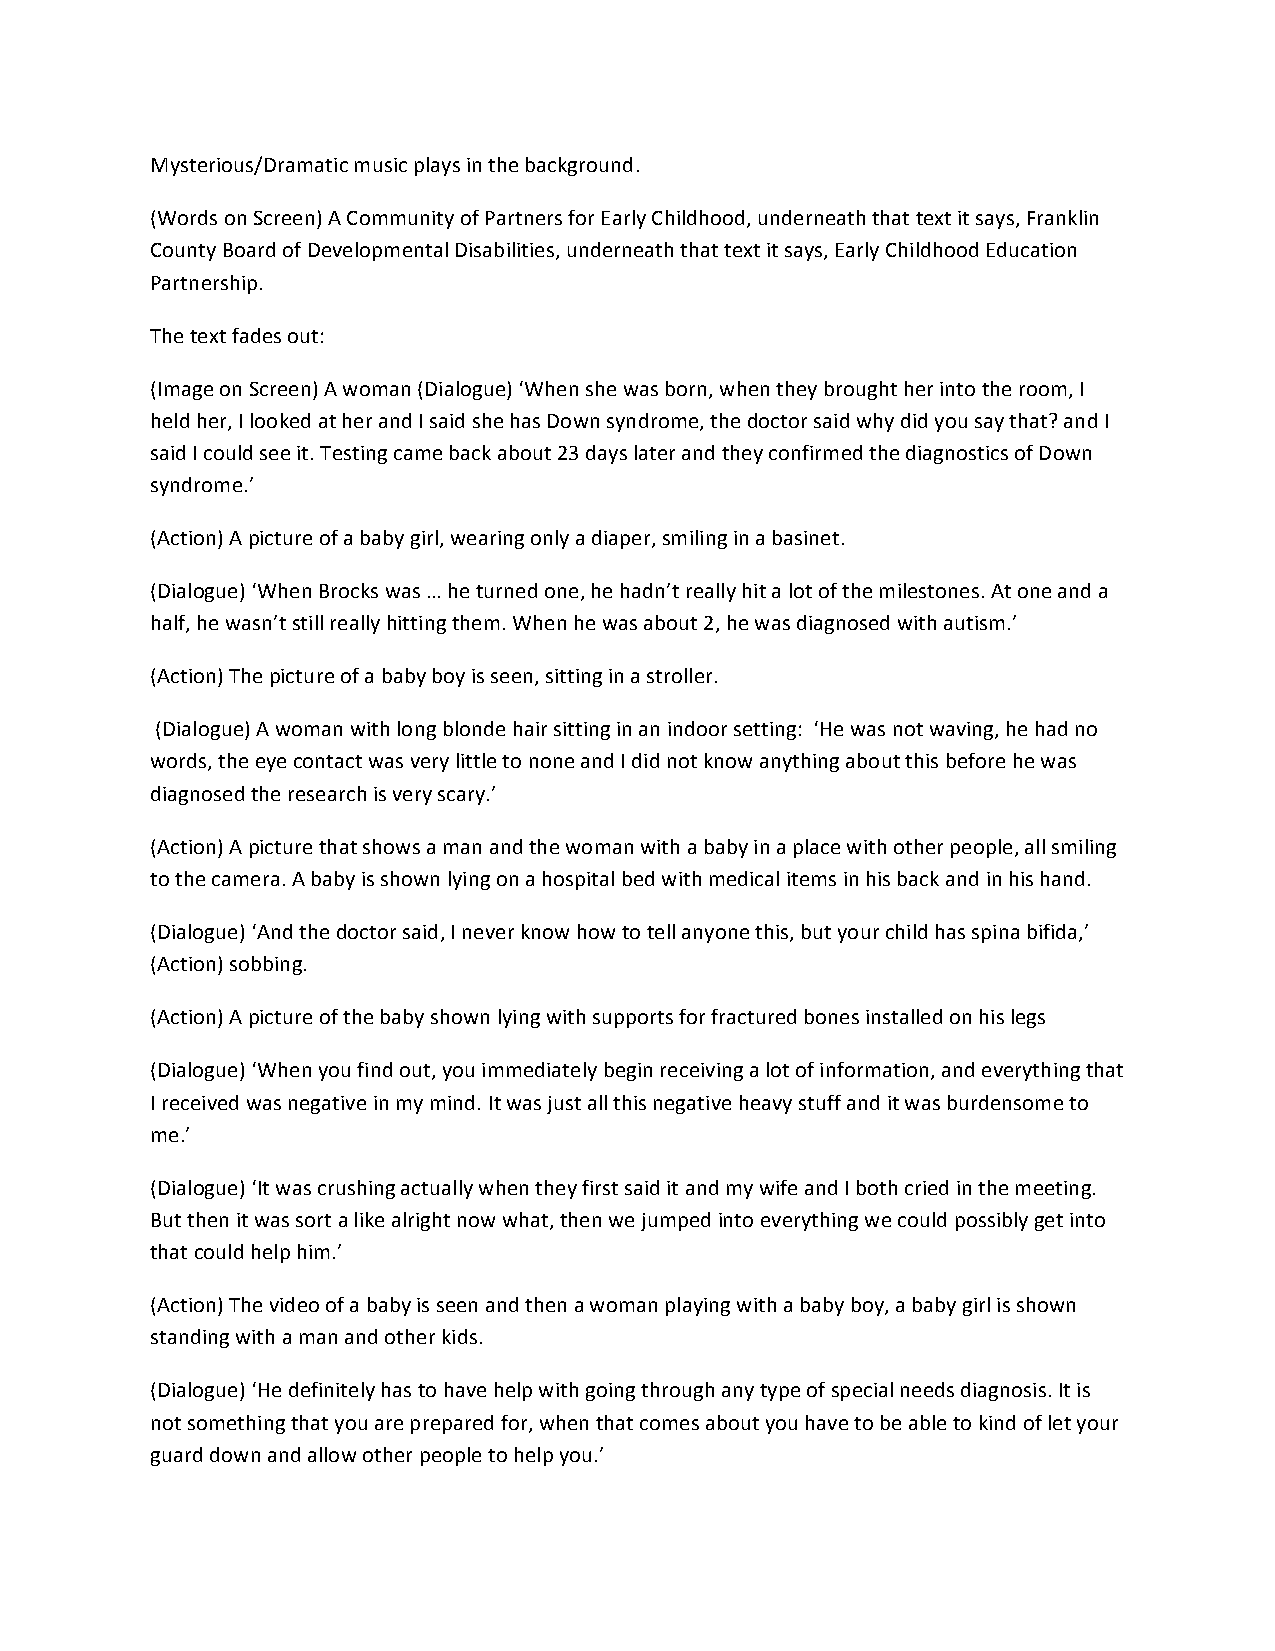
Mysterious/Dramatic music plays in the background.
 (Words on Screen) A Community of Partners for Early Childhood, underneath that text it says, Franklin
 County Board of Developmental Disabilities, underneath that text it says, Early Childhood Education
 Partnership.
 The text fades out:
 (Image on Screen) A woman (Dialogue) ‘When she was born, when they brought her into the room, I
 held her, I looked at her and I said she has Down syndrome, the doctor said why did you say that? and I
 said I could see it. Testing came back about 23 days later and they confirmed the diagnostics of Down
 syndrome.’
 (Action) A picture of a baby girl, wearing only a diaper, smiling in a basinet.
 (Dialogue) ‘When Brocks was … he turned one, he hadn’t really hit a lot of the milestones. At one and a
 half, he wasn’t still really hitting them. When he was about 2, he was diagnosed with autism.’
 (Action) The picture of a baby boy is seen, sitting in a stroller.
 (Dialogue) A woman with long blonde hair sitting in an indoor setting: ‘He was not waving, he had no
 words, the eye contact was very little to none and I did not know anything about this before he was
 diagnosed the research is very scary.’
 (Action) A picture that shows a man and the woman with a baby in a place with other people, all smiling
 to the camera. A baby is shown lying on a hospital bed with medical items in his back and in his hand.
 (Dialogue) ‘And the doctor said, I never know how to tell anyone this, but your child has spina bifida,’
 (Action) sobbing.
 (Action) A picture of the baby shown lying with supports for fractured bones installed on his legs
 (Dialogue) ‘When you find out, you immediately begin receiving a lot of information, and everything that
 I received was negative in my mind. It was just all this negative heavy stuff and it was burdensome to
 me.’
 (Dialogue) ‘It was crushing actually when they first said it and my wife and I both cried in the meeting.
 But then it was sort a like alright now what, then we jumped into everything we could possibly get into
 that could help him.’
 (Action) The video of a baby is seen and then a woman playing with a baby boy, a baby girl is shown
 standing with a man and other kids.
 (Dialogue) ‘He definitely has to have help with going through any type of special needs diagnosis. It is
 not something that you are prepared for, when that comes about you have to be able to kind of let your
 guard down and allow other people to help you.’